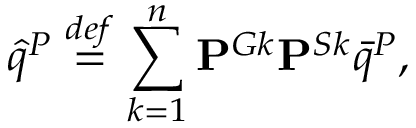
\hat { q } ^ { P } \overset { d e f } { = } \sum _ { k = 1 } ^ { n } \mathbf { P } ^ { G k } \mathbf { P } ^ { S k } \bar { q } ^ { P } ,